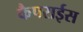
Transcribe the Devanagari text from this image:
कैपराईस